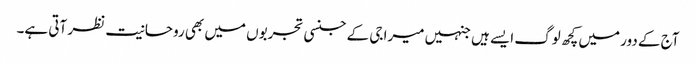
آج کے دور میں کچھ لوگ ایسے ہیں جنہیں میرا جی کے جنسی تجربوں میں بھی روحانیت نظر آتی ہے۔